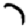
Digit: 7